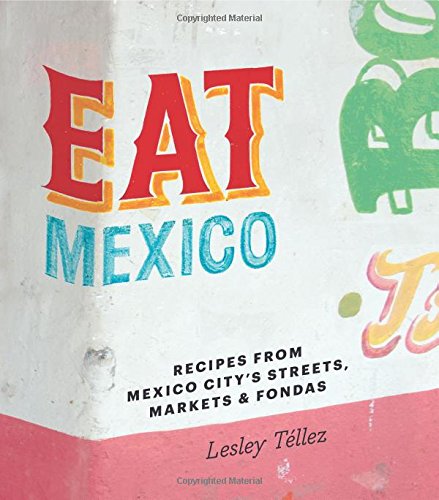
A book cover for Eat Mexico: Recipes from Mexico City's Streets, Markets & Fondas; Lesley TÃ©llez; Cookbooks, Food & Wine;